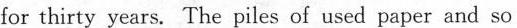
for thirty years. The piles of used paper and so